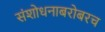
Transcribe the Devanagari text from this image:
संशोधनाबरोबरच